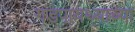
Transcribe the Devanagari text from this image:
गडपायथ्याच्या